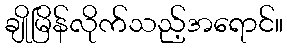
ချိုမြိန်လိုက်သည့်အရောင်။